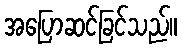
အပြောဆင်ခြင်သည်။